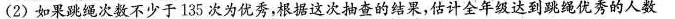
(2)如果跳绳次数不少于135次为优秀，根据这次抽查的结果，估计全年级达到跳绳优秀的人数